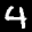
Label: 4